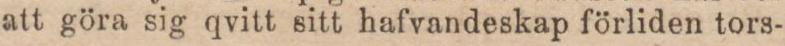
att göra sig qvitt sitt hafvandeskap förliden tors-